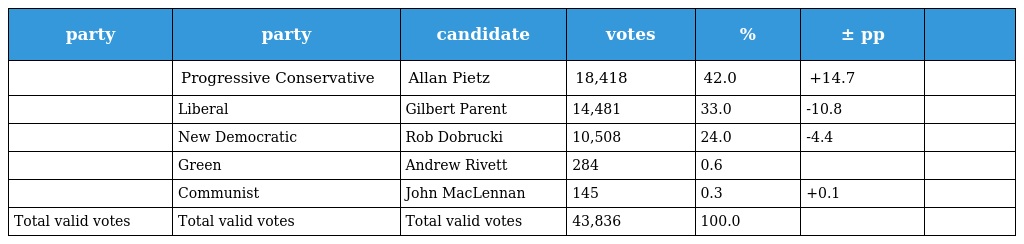
| party | party | candidate | votes | % | ± pp |  |
 | --- | --- | --- | --- | --- | --- | --- |
 |  | Progressive Conservative | Allan Pietz | 18,418 | 42.0 | +14.7 |  |
 |  | Liberal | Gilbert Parent | 14,481 | 33.0 | -10.8 |  |
 |  | New Democratic | Rob Dobrucki | 10,508 | 24.0 | -4.4 |  |
 |  | Green | Andrew Rivett | 284 | 0.6 |  |  |
 |  | Communist | John MacLennan | 145 | 0.3 | +0.1 |  |
 | Total valid votes | Total valid votes | Total valid votes | 43,836 | 100.0 |  |  |